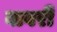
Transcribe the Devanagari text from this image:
वावरी